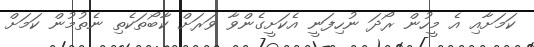
ކަމަށާއި އެ މީހުން ރޯދަ ނުހިފަނީ އެކަށީގެންވާ ވަރަށް ކާބޯތަކެތި ނެތުމުން ކަމަށް